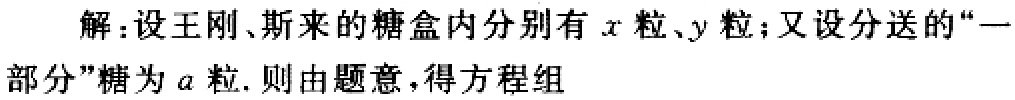
解：设王刚、斯来的糖盒内分别有\(x\)粒、\(y\)粒；又设分送的“一部分”糖为\(a\)粒. 则由题意，得方程组